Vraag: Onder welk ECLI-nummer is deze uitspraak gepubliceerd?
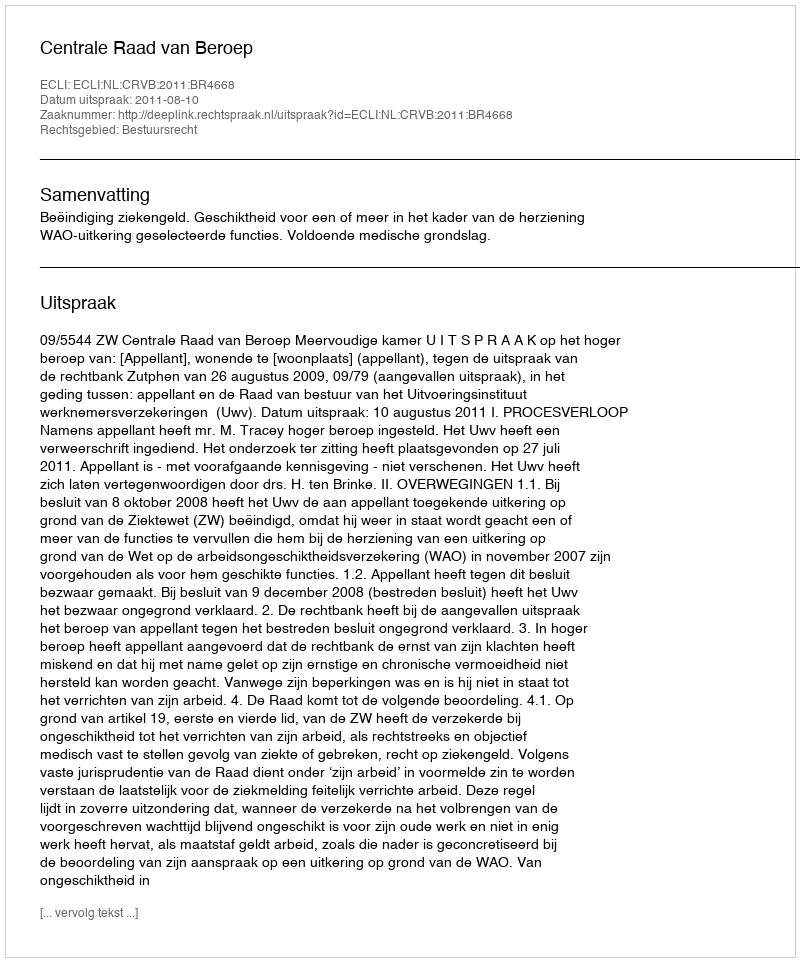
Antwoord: ECLI:NL:CRVB:2011:BR4668